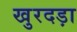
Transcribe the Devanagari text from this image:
खुरदड़ा